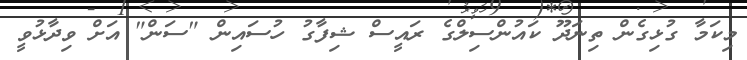
މިކަމާ ގުޅިގެން ތިނަދޫ ކައުންސިލްގެ ރައީސް ޝިފާގު ހުސައިން "ސަން" އަށް ވިދާޅުވީ